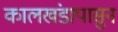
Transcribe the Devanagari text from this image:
कालखंडापासुन